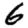
Digit: 6